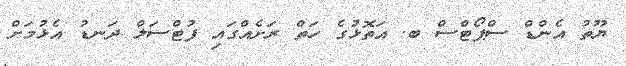
ޔޫތު އެންޑް ސްޕޯޓްސް ބ. އަތޮޅުގެ ހަތް ރަށެއްގައި ފުޓްސަލް ދަނޑު އެޅުމަށް